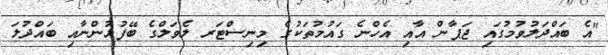
"އެ ބައްދަލުވުމުގައި ޖަޕާން އާއި އެހްނެ ގައުމުތަކުގެ މިނިސްޓަރ ލެވަލްގެ ބޭފުޅުންނާއި ބައްދުލަ